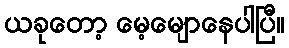
ယခုတော့ မေ့မျောနေပါပြီ။